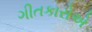
ગીતકારોએ